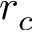
r _ { c }